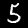
Digit: 5